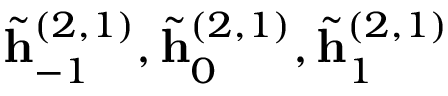
\tilde { \mathbf { h } } _ { - 1 } ^ { ( 2 , 1 ) } , \tilde { \mathbf { h } } _ { 0 } ^ { ( 2 , 1 ) } , \tilde { \mathbf { h } } _ { 1 } ^ { ( 2 , 1 ) }